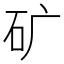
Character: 矿